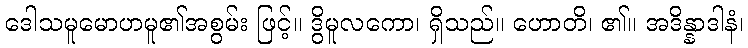
ဒေါသမူမောဟမူ၏အစွမ်း ဖြင့်။ ဒွိမူလကော၊ ရှိသည်။ ဟောတိ၊ ၏။ အဒိန္နာဒါနံ၊